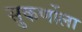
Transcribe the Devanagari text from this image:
सुकर्णोला